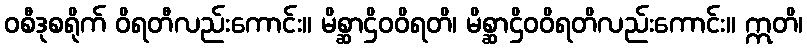
ဝစီဒုစရိုက် ဝိရတီလည်းကောင်း။ မိစ္ဆာဌိဝဝိရတိ၊ မိစ္ဆာဌိဝဝိရတိလည်းကောင်း။ ဣတိ၊